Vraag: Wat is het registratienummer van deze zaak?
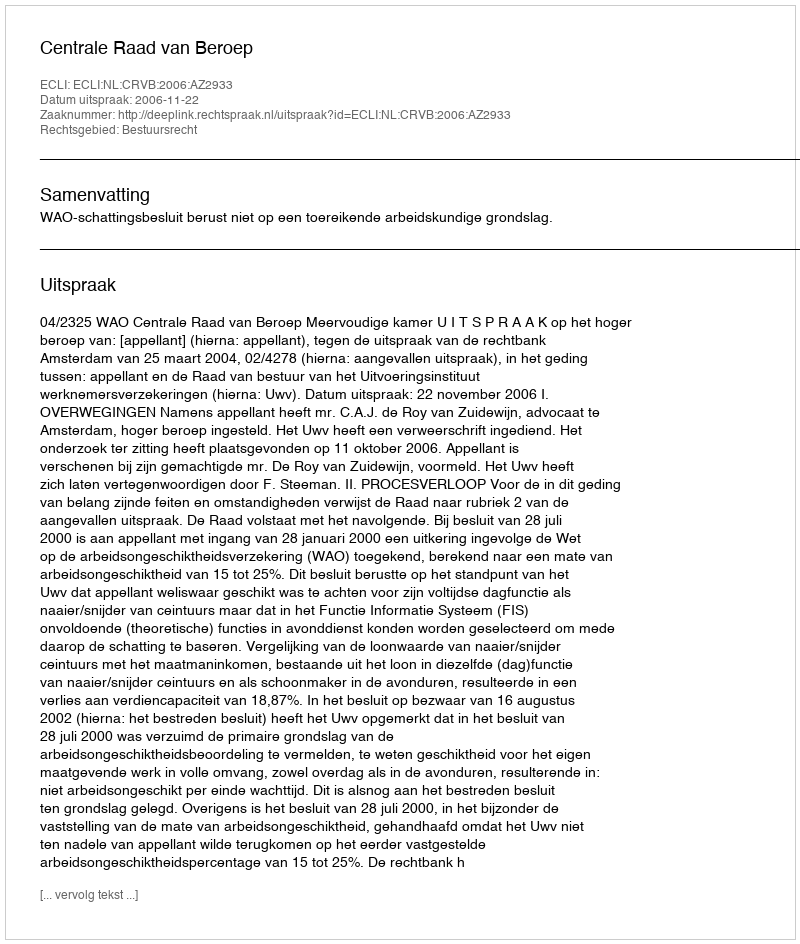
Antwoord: http://deeplink.rechtspraak.nl/uitspraak?id=ECLI:NL:CRVB:2006:AZ2933